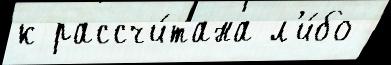
к рассчи́тана л'и́бо